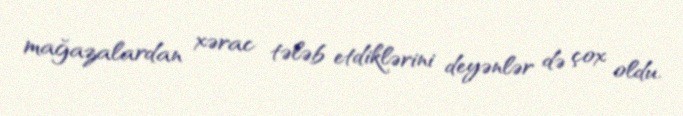
mağazalardan xərac tələb etdiklərini deyənlər də çox oldu.